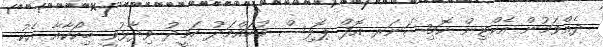
ދެއްވަމުން އެކްޓިން ކޮމިޝަނަރ އޮފް ޕޮލިސް މުހައްމަދު ހަމީދު ވިދާޅުވީ ބިކޯކާއާ އެކު